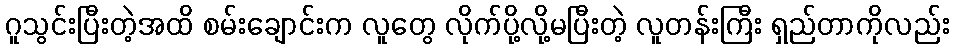
ဂူသွင်းပြီးတဲ့အထိ စမ်းချောင်းက လူတွေ လိုက်ပို့လို့မပြီးတဲ့ လူတန်းကြီး ရှည်တာကိုလည်း